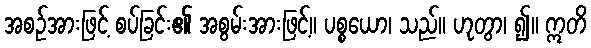
အစဉ်အားဖြင့် စပ်ခြင်း၏ အစွမ်းအားဖြင့်။ ပစ္စယော၊ သည်။ ဟုတွာ၊ ၍။ ဣတိ